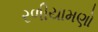
રળીયામણો